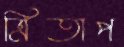
ত্রিতাপ